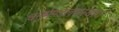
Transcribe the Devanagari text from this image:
धनुर्मण्डलसंस्थाय